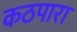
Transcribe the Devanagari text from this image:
कठपारा